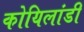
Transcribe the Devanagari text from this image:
कोयिलांडी